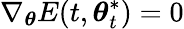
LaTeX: \nabla_{\boldsymbol{\theta}}E(t,{\boldsymbol{\theta}}_{t}^{*})=0